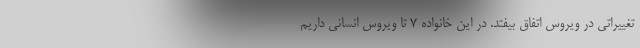
تغییراتی در ویروس اتفاق بیفتد. در این خانواده ۷ تا ویروس انسانی داریم